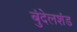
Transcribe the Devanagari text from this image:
बुंदेलशंड